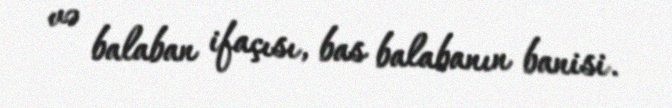
və balaban ifaçısı, bas balabanın banisi.